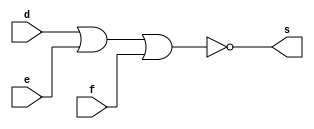
// Guia 02
// Nome: Raphaela Fernanda Silva




//PORTANOR

module PORTANOR (s, d, e, f);
output s;
input d, e, f;

assign s = ~( d | e | f);

endmodule




module testeNOR;
reg d, e, f;
wire s1, s2, s3, s;

PORTANOR NOR1(s1, d, d, d); 
PORTANOR NOR2(s2, e, e, e);
PORTANOR NOR3(s3, f, f, f);
PORTANOR NOR4(s, s1, s2, s3);

initial begin:start

 d=0; e=0; f=0;
 
 end
 
 
 
 initial begin : main
 
 $display("Guia 02 - Raphaela Fernanda Silva - 420141");
 $display("Teste PORTANOR");
 $display("d & e & f = s ");
 $monitor("%b   %b   %b = %b", d, e, f, s);
 
  #1  d=0; e=0; f=1;
  #1  d=0; e=1; f=0;
  #1  d=0; e=1; f=1;
  #1  d=1; e=0; f=0;
  #1  d=1; e=0; f=1;
  #1  d=1; e=1; f=0;
  #1  d=1; e=1; f=1;
   
 end
 
 endmodule